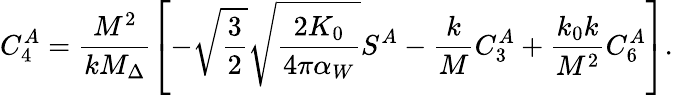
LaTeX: C_{4}^{A}=\frac{M^{2}}{kM_{\Delta}}\left[-\sqrt{\frac 32}\sqrt{\frac{2K_{0}}{4\pi\alpha_{W}}}S^{A}-\frac kMC_{3}^{A}+\frac{k_{0}k}{M^{2}}C_{6}^{A}\right].